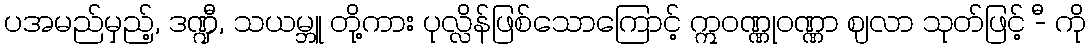
ပအမည်မှည့်, ဒဏ္ဍီ, သယမ္ဘူ တို့ကား ပုလ္လိန်ဖြစ်သောကြောင့် ဣဝဏ္ဏုဝဏ္ဏာ ဈလာ သုတ်ဖြင့် -ီ ကို